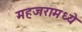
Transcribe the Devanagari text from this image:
महजरामध्ये